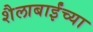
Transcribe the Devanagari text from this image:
शैलाबाईंच्या